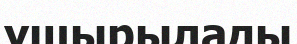
ұшырылады